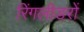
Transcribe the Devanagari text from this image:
रिंगलीडरों